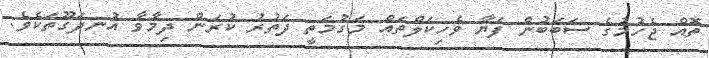
ތޮއް ޖެހުމުގެ ސަބަބުން ފަޔާ ވެހިކަލްތައް މަގުމަތީ ދަތުރު ކުރަން ދިމާވާ އުނދަގޫތަކެވެ.